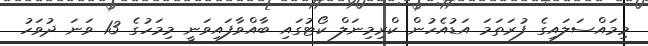
މިމައްސަލައިގެ ފުރަތަމަ އަޑުއެހުން ކްރިމިނަލް ކޯޓުގައި ބާއްވާފައިވަނީ މިމަހުގެ 13 ވަނަ ދުވަހު